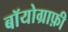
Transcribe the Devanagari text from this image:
बॉयोग्राफ़ी